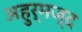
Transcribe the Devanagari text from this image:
अहुर्मज्द